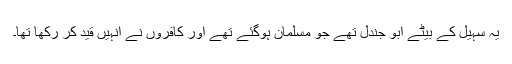
یہ سہیل کے بیٹے ابو جندلؓ تھے جو مسلمان ہوگئے تھے اور کافروں نے انہیں قید کر رکھا تھا۔